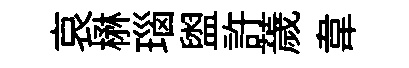
哀楙瑙盥許薉韋